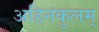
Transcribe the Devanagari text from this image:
अहिनकुलम्